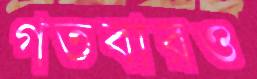
গতবারও